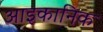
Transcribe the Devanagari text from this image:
आइकानिक